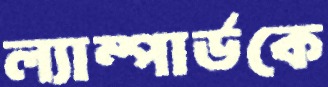
ল্যাম্পার্ডকে